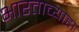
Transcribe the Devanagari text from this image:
भारताच्याहा